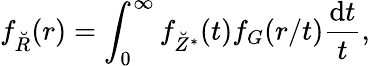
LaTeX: f_{\breve{R}}(r)=\int_{0}^{\infty}f_{\breve{Z}^{\ast}}(t)f_{G}(r/t)\frac{\mathrm dt}{t},